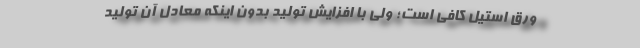
ورق استیل کافی است؛ ولی با افزایش تولید بدون اینکه معادل آن تولید